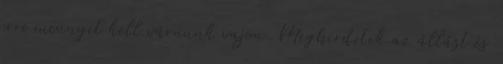
erre mennyit kell várnunk vajon Meghirdetik az állást és